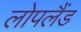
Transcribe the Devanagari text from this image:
लोपलैंड